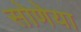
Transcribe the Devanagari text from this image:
सोणेया